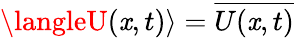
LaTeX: \langleU(\mathit{x},t)\rangle=\overline{{{U(\mathit{x},t)}}}